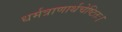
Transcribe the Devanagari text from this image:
धर्मत्राणार्थचेष्टितः।